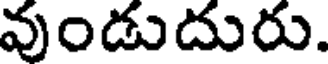
వుండుదురు.